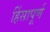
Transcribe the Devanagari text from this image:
हिंसापूर्ण